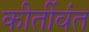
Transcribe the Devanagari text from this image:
कीर्तीवंत